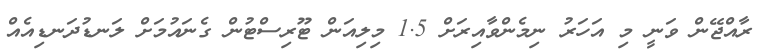
ރާއްޖޭން ވަނީ މި އަހަރު ނިމެންވާއިރަށް 1.5 މިލިއަން ޓޫރިސްޓުން ގެނައުމަށް ލަނޑުދަނޑިއެއް